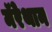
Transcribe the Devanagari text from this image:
मॅरेथान